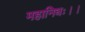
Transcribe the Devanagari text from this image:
महानिधः।।